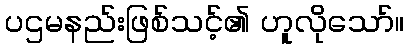
ပဌမနည်းဖြစ်သင့်၏ ဟူလိုသော်။